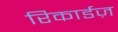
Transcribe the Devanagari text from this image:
रिकार्डज़